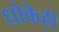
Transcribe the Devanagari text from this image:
धोकेही